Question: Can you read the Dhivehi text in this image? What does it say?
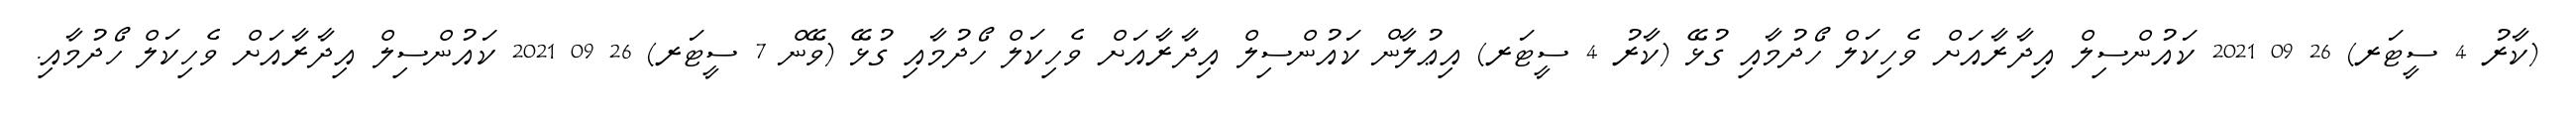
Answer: (ކާރު 4 ސީޓަރ) 26 09 2021 ކައުންސިލް އިދާރާއަށް ވެހިކަލް ހޯދުމާއި ގުޅޭ (ކާރު 4 ސީޓަރ) އިޢުލާން ކައުންސިލް އިދާރާއަށް ވެހިކަލް ހޯދުމާއި ގުޅޭ (ވޭން 7 ސީޓަރ) 26 09 2021 ކައުންސިލް އިދާރާއަށް ވެހިކަލް ހޯދުމާއި.